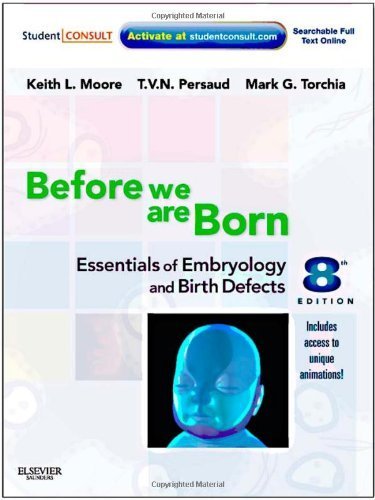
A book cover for Before We Are Born Essentials of Embryology and Birth Defects by Keith L. Moore, T. V. N. Persaud, Mark G. Torchia [Saunders,2012] (Paperback) 8th Edition; Medical Books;